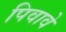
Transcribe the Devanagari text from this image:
पिवावे